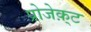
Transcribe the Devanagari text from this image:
प्रोजेक़्ट